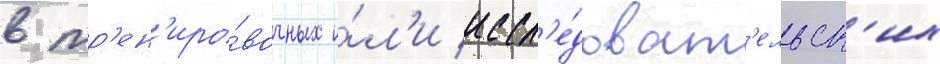
в тр'ен'иро́вочных и́л'и иссл'е́доват'ельск'их